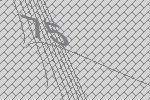
75